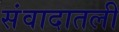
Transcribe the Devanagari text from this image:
संवादातली